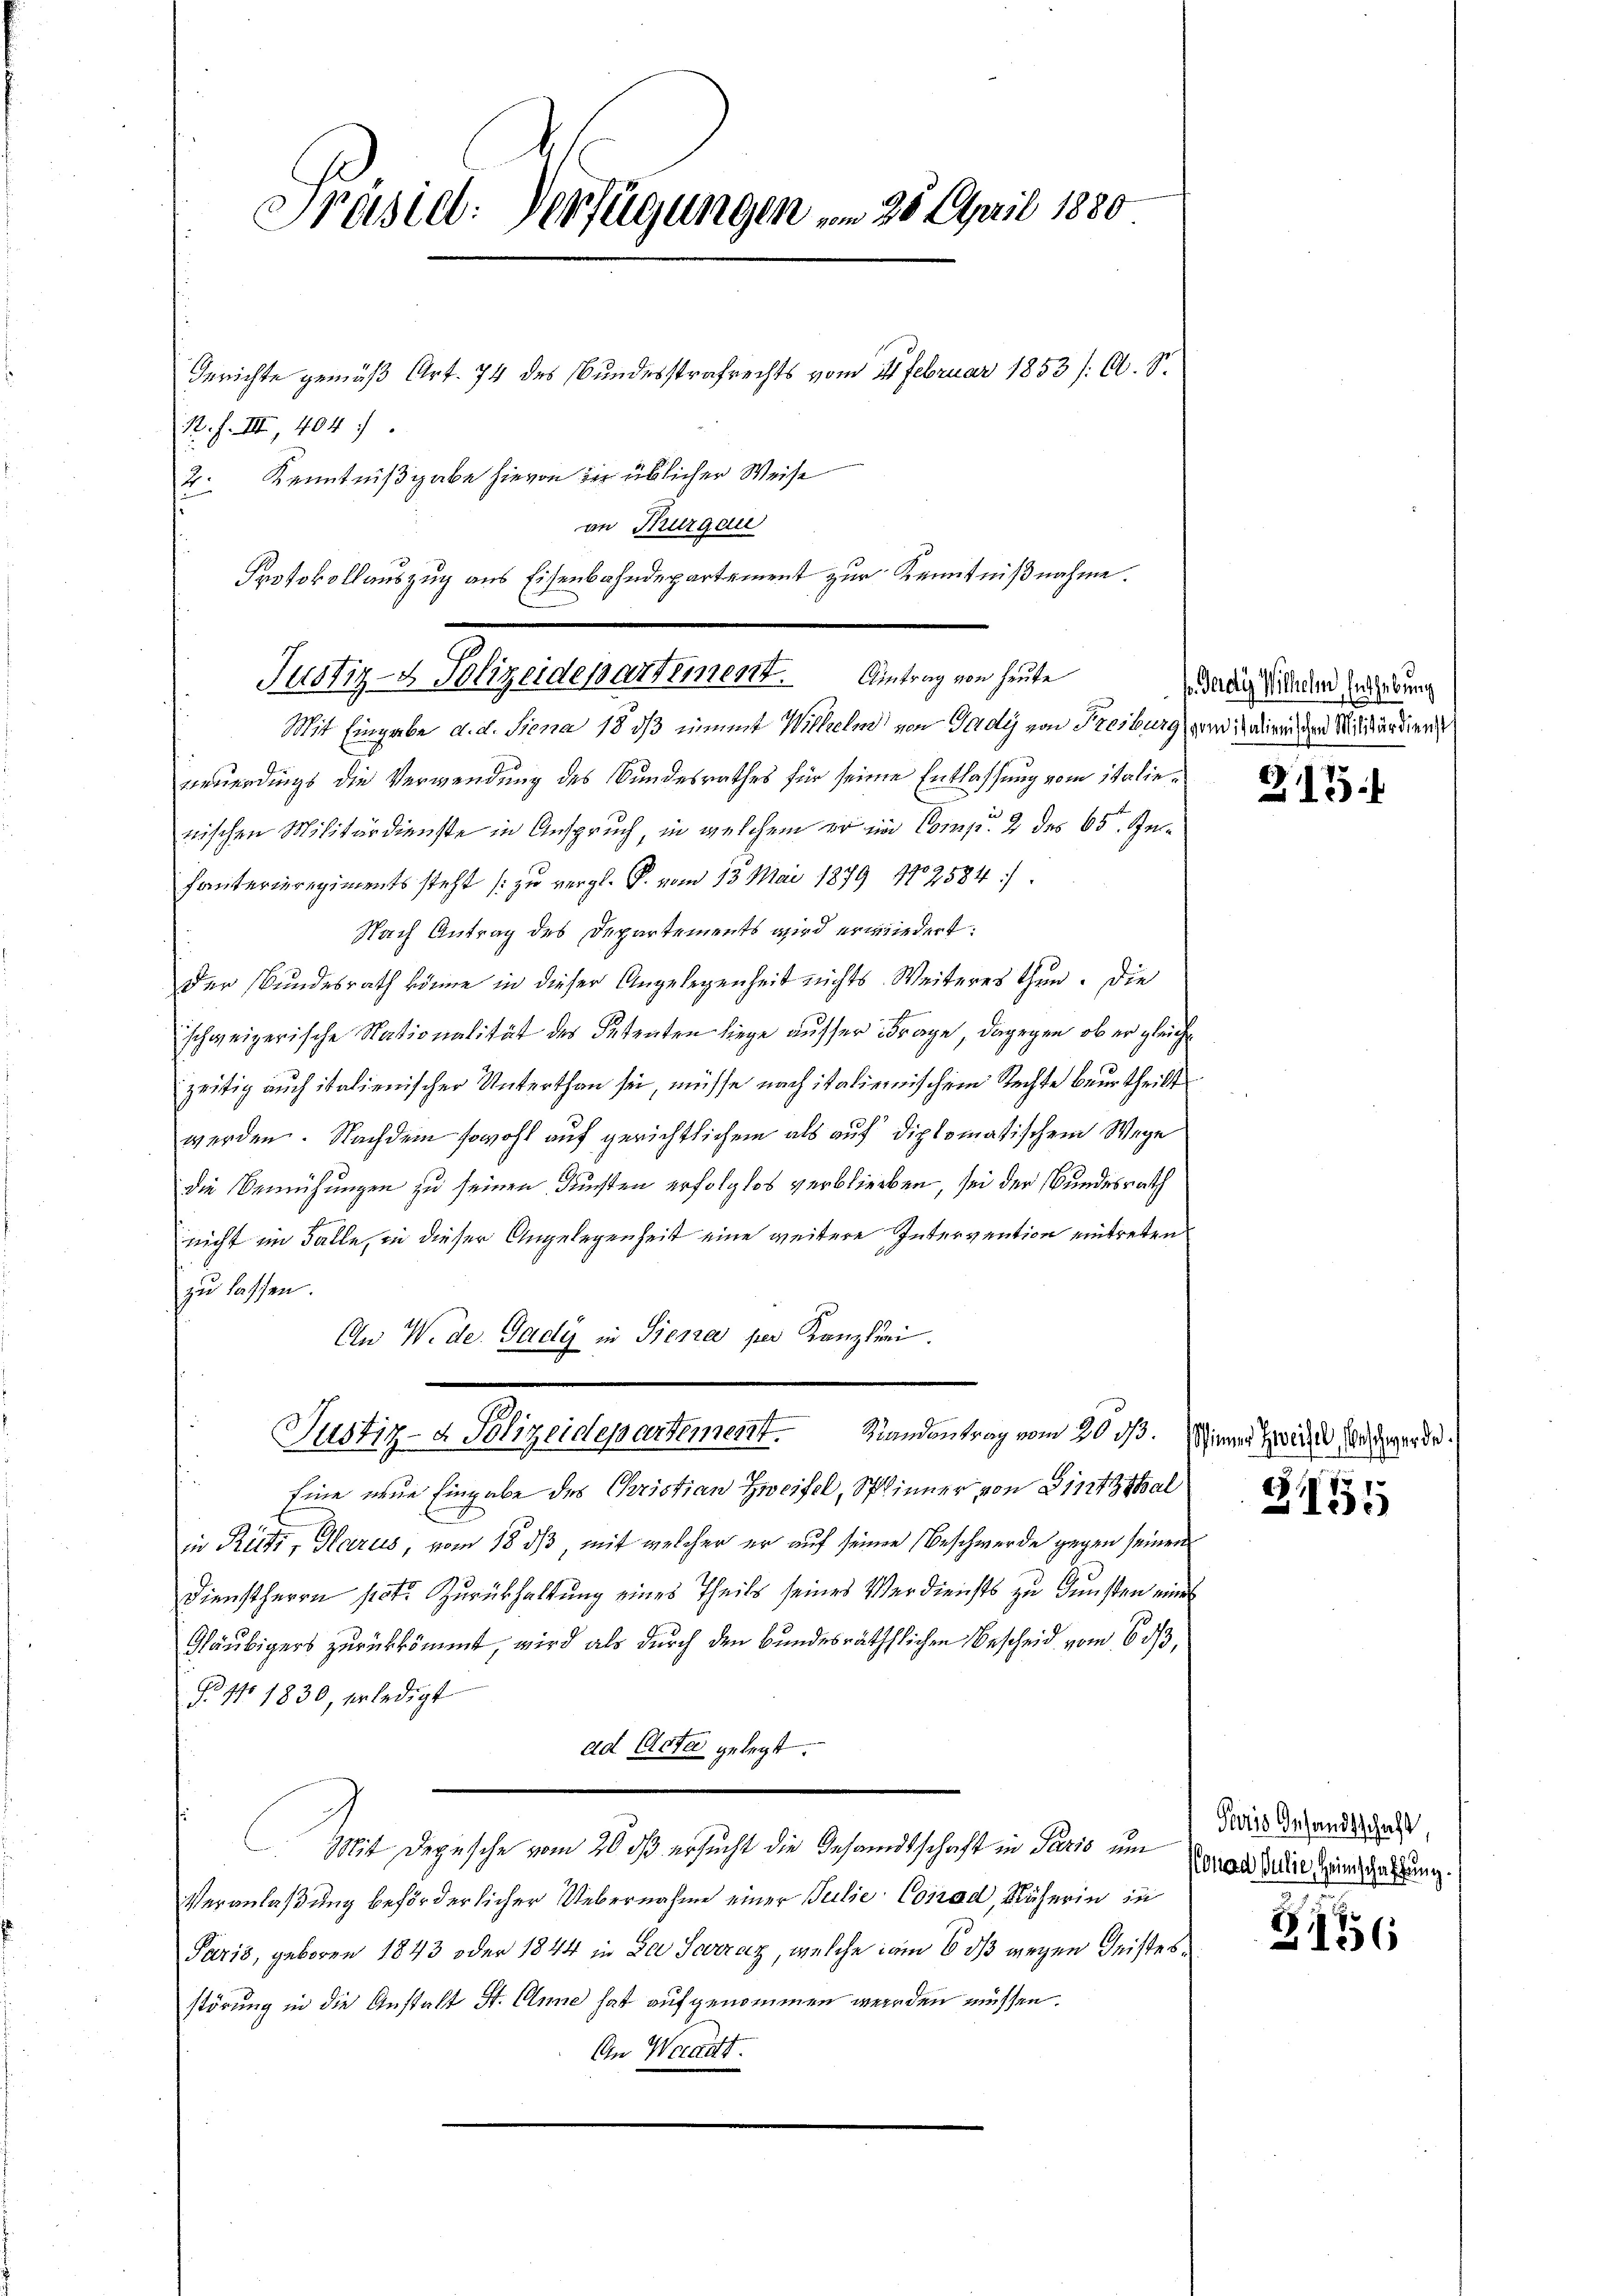
Präsiel. Verfügungen am 25. April 1880

Gerichte gemäß Art. 74 des Bundesstrafrechts vom 21. Februar 1853 /: A. S.

12. f. III., 404 f.
Kenntnißgabe hievon der üblicher Weise
.
Mit Eingabe d. d. Siena 18 dß einmit Wilhelm von Gady von Freiburg und dareichen Militärdieng
neuerdings die Verwendung des Bundesrathes für seine Entlassung vom Italienischen Militärdienste in Anspruch, in welchem er in Comp. 2 des 65. Jenfanterieregiments steht (zu vergl. P. vom 13. Mai 1879 1702584:
Nach Antrag des Departements wird erwiedert:
der Bundesrath könne in dieser Angelegenheit nichts Weiteres thun. Die
schweizerische Nationalität des Petenten liege ausser Frage, dagegen ob er gleiche
zeitig auch italienischer Unterthan sie, müsse nach italienischem Rechte beurtheilt
werden. Nachdem sowohl auf gerichtlichem als auf diplomatischem Wege
die Bemühungen zu seinen Feuchten erfolglos verblieben, sei der Bundesrath
nicht im Falle, in dieser Angelegenheit eine weitere Intervention eintretens
zu lassen.
An W. de. Gady in Tiera per Kanzlini.
Justiz- & Polizeidepartement. Randantrag vom 20 dß. Wiener Zeich an werde.
Eine neue Eingabe des Christian Zweifel, Spinner von Dinththal
in Retti, Harus, vom 18. ds, mit welcher er auf seinen Beschwerde gegen seinen
Dienstherrn pot. Zurückhaltung eines Theils seines Verdiensts zu Gunsten eine
Gläubigers zurückkommt, wird als durch den Bundesräthlichen Bescheid vom 6 ds,
Porto 1830, erledigt
ad Acta gelegt.
Mit Depesche vom 20 dß ersucht die Gesandtschaft in Paris um
Veranlaßung beförderlicher Uebernahme einer Julie Conrad, Näherin in
Paris, geboren 1843 oder 1844 in Der Severaz, welche am 6. dß wegen Geistesstörung in die Anstalt St. Anne hat aufgenommen werden müssen.
An Weraatt.

Protokollauszug aus Eisenbahndepartement zur Kenntnißnahme.
Justiz- & Polizeidepartement. Antrag von heute

an Thurgau

f. Gady Wilhelm, Enthebung

213

G155

Paris Gesandtschaft,
Nonad Julie Heimschaffung.

Z156